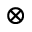
\otimes